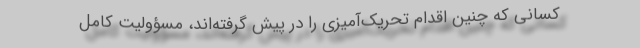
کسانی که چنین اقدام تحریک‌آمیزی را در پیش گرفته‌اند، مسؤولیت کامل